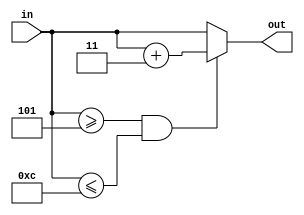
module BCDEncoder (in,out);
input [3:0]in;
output reg [3:0]out;
always @(in)
begin
if (in[3:0]>=4'b0101&& in[3:0] <=4'b1100)
out[3:0]=in[3:0]+4'b0011;
else 
out[3:0]=in[3:0];
 


end

endmodule

module Binarytobcd(bin,hunderds,tens,ones);

input  [7:0] bin;
output [3:0] hunderds;
output [3:0] tens;
output [3:0] ones;
wire [3:0] in1,in2,in3,in4,in5,in6,in7;
wire [3:0]out1,out2,out3,out4,out5,out6,out7;
BCDEncoder ob1 (in1,out1);
BCDEncoder ob2 (in2,out2);
BCDEncoder ob3 (in3,out3);
BCDEncoder ob4 (in4,out4);
BCDEncoder ob5 (in5,out5);
BCDEncoder ob6 (in6,out6);
BCDEncoder ob7 (in7,out7);


assign in1[3]=0;
assign in1[2]=bin[7];
assign in1[1]=bin[6];
assign in1[0]=bin[5];

assign in2[3]=out1[2];
assign in2[2]=out1[1];
assign in2[1]=out1[0];
assign in2[0]=bin[4];

assign in3[3]=out2[2];
assign in3[2]=out2[1];
assign in3[1]=out2[0];
assign in3[0]=bin[3];


assign in4[3]=0;
assign in4[2]=out1[3];
assign in4[1]=out2[3];
assign in4[0]=out3[3];


assign in5[3]=out3[2];
assign in5[2]=out3[1];
assign in5[1]=out3[0];
assign in5[0]=bin [2];


assign in6[3]=out4[2];
assign in6[2]=out4[1];
assign in6[1]=out4[0];
assign in6[0]=out5[3];

assign in7[3]=out5[2];
assign in7[2]=out5[1];
assign in7[1]=out5[0];
assign in7[0]=bin[1];


assign hunderds [3]=0;
assign hunderds[2]=0;
assign hunderds [1]=out4[3];
assign hunderds[0]=out6[3];

assign tens[3]=out6[2];
assign tens[2]=out6[1];
assign tens[1]=out6[0];
assign tens[0]=out7[3];


assign ones[3]=out7[2];
assign ones[2]=out7[1];
assign ones[1]=out7[0];
assign ones[0]=bin[0];
endmodule



module tb;
reg [7:0] bin;
wire [3:0] hunderds;
wire [3:0] tens;
wire [3:0] ones;

Binarytobcd ob(bin,hunderds,tens,ones);

initial begin
bin=8'b00000000;

#100

bin=8'b00001111;

#100
bin=8'b00011111;
#100
bin=8'b11111111;
#100
bin=8'b01010101;


end
endmodule